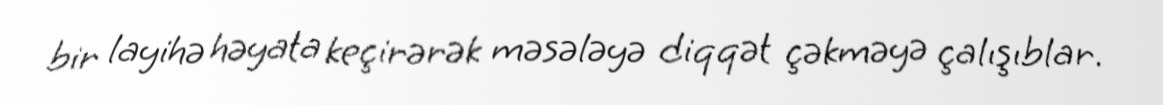
bir layihə həyata keçirərək məsələyə diqqət çəkməyə çalışıblar.